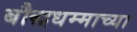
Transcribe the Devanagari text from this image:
बौद्धधम्माच्या